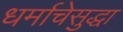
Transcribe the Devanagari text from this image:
धर्माचेसुद्धा